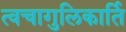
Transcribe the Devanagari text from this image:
त्वचागुलिकार्ति